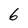
Character: 6